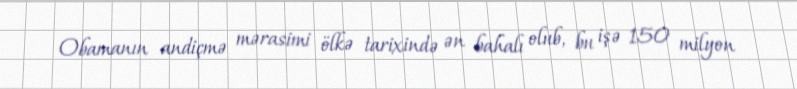
Obamanın andiçmə mərasimi ölkə tarixində ən bahalı olub, bu işə 150 milyon